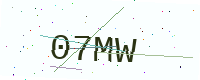
Text: 07MW